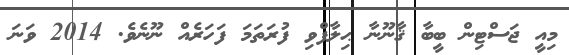
މިއީ ޖަސްޓިން ބީބާ ޤާނޫނާ ޙިލާފްވި ފުރަތަމަ ފަހަރެއް ނޫނެވެ. 2014 ވަނަ